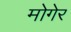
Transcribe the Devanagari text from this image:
मोगेर